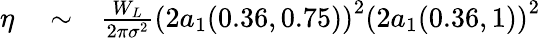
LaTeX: \begin{array}{rlr}{\eta}&{{}\sim}&{\frac{W_{L}}{2\pi\sigma^{2}}\left(2a_{1}(0.36,0.75)\right)^{2}\left(2a_{1}(0.36,1)\right)^{2}}\end{array}